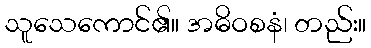
သူသေကောင်၏။ အဓိဝစနံ၊ တည်း။